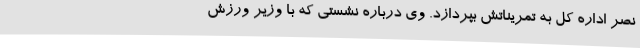
نصر اداره کل به تمریناتش بپردازد. وی درباره نشستی که با وزیر ورزش